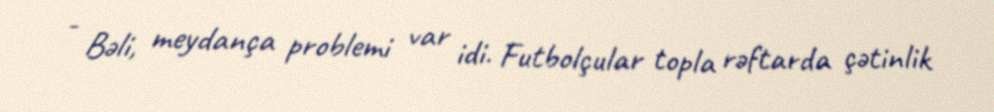
- Bəli, meydança problemi var idi. Futbolçular topla rəftarda çətinlik